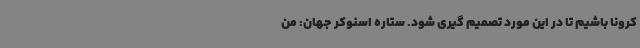
کرونا باشیم تا در این مورد تصمیم گیری شود. ستاره اسنوکر جهان: من